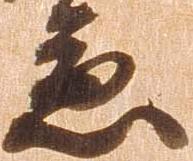
急